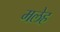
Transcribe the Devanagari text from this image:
मलेह